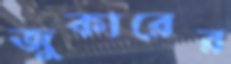
জুকারের